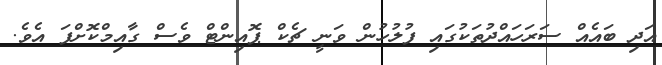
އަދި ބައެއް ސަރަހައްދުތަކުގައި ފުލުހުން ވަނީ ޗެކް ޕޮއިންޓް ވެސް ގާއިމްކޮށްފަ އެވެ.